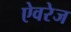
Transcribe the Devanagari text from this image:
ऐवरेज